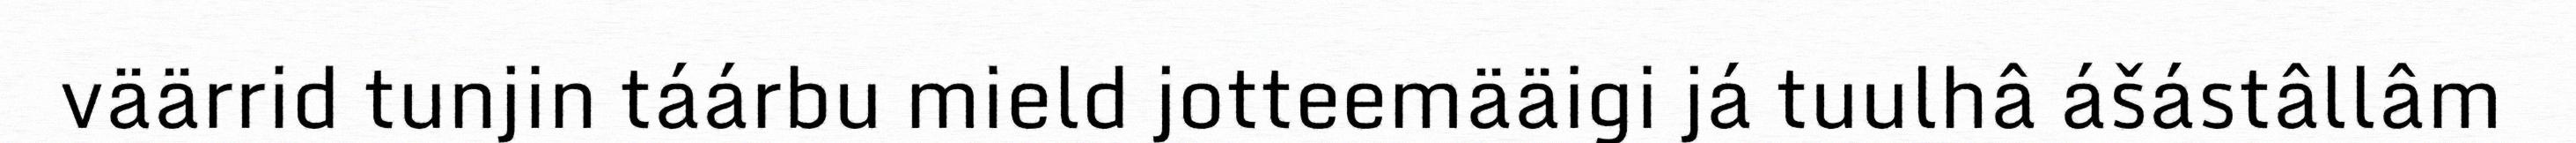
väärrid tunjin táárbu mield jotteemääigi já tuulhâ ášástâllâm